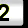
Digit: 2